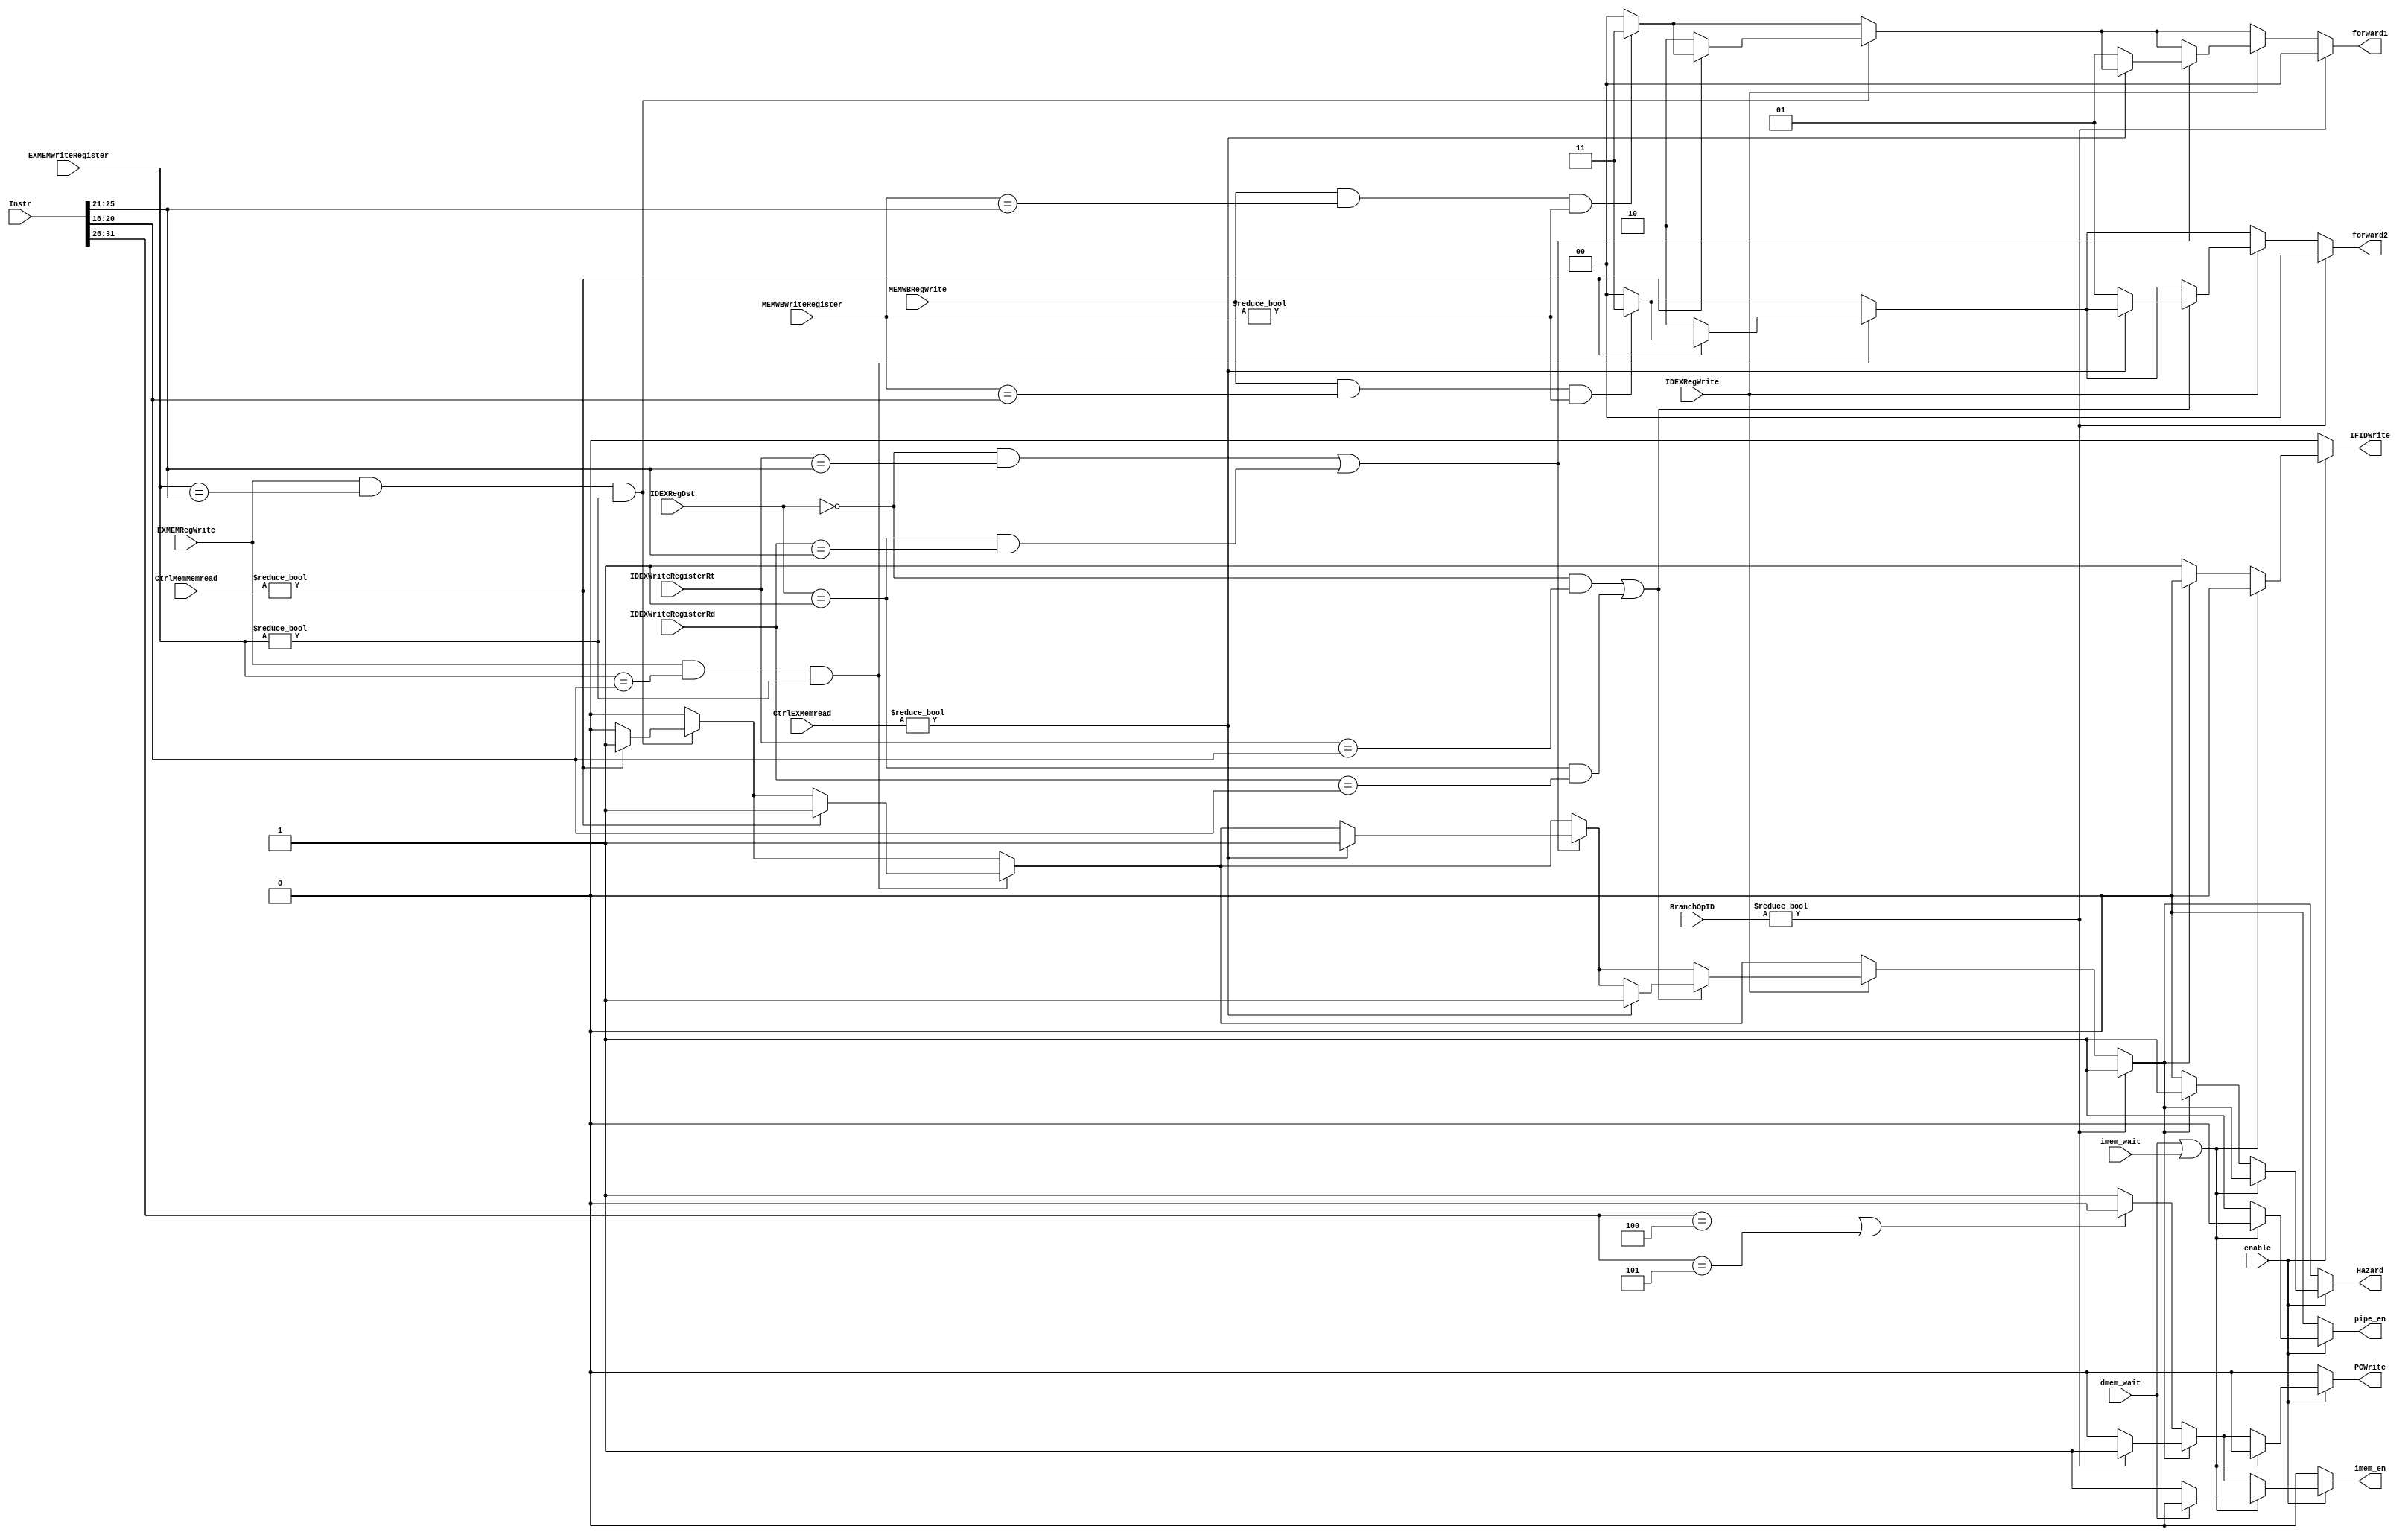
////////////////////////////////////////////////
// HAZARD.V
//
// TU/e Eindhoven University Of Technology
// Eindhoven, The Netherlands
// 
// Based on work by Sander Stuijk
// 
// Function:
//     Hazard detection unit
//
// Version:
//     (27-01-2014): initial version
//
//////////////////////////////////////////////!/

module HAZARD(
        enable,
        MEMWBRegWrite,
        EXMEMRegWrite,
        IDEXRegWrite,
        IDEXRegDst,
        IDEXWriteRegisterRt,
        IDEXWriteRegisterRd,
        EXMEMWriteRegister,
        MEMWBWriteRegister,
        Instr,
        BranchOpID,
//        BranchOpEX,
        dmem_wait,
        imem_wait,
        PCWrite,
        IFIDWrite,
        Hazard,
        pipe_en,
        imem_en,
		forward1,
		forward2,
		CtrlMemMemread,
		CtrlEXMemread
    );

    input   [0:0]   enable;
    input   [0:0]   MEMWBRegWrite;
    input   [0:0]   EXMEMRegWrite;
    input   [0:0]   IDEXRegWrite;
    input   [1:0]   IDEXRegDst;
    input   [4:0]   IDEXWriteRegisterRt;
    input   [4:0]   IDEXWriteRegisterRd;
    input   [4:0]   EXMEMWriteRegister;
    input   [4:0]   MEMWBWriteRegister;
    input   [31:0]  Instr;
    input   [1:0]   BranchOpID;
	 input	[1:0]	  CtrlMemMemread;
	 input	[1:0]	  CtrlEXMemread;
//    input   [1:0]   BranchOpEX;
    input   dmem_wait;
    input   imem_wait;
    output  [0:0]   PCWrite;
    reg     [0:0]   PCWrite;
    output  [0:0]   IFIDWrite;
    reg     [0:0]   IFIDWrite;
    output  [0:0]   Hazard;
    reg     [0:0]   Hazard;
    output  [0:0]   pipe_en;
    reg     [0:0]   pipe_en;
    output  [0:0]   imem_en;
    reg     [0:0]   imem_en;
    reg     [0:0]   hazard;
    reg     [4:0]   ifidreadregister1;
    reg     [4:0]   ifidreadregister2;
	output	[1:0]	forward1;
	reg		[1:0]	forward1;
	output 	[1:0]   forward2;
	reg		[1:0]   forward2;

    
    always @(MEMWBRegWrite or 
                EXMEMRegWrite or 
                IDEXRegWrite or 
                IDEXRegDst or 
                IDEXWriteRegisterRt or 
                IDEXWriteRegisterRd or 
                BranchOpID or 
//                BranchOpEX or 
                EXMEMWriteRegister or 
                MEMWBWriteRegister or 
                Instr or 
                enable or 
                dmem_wait or 
                imem_wait)
        
        begin
            //Read registers
            ifidreadregister1 = Instr[25:21];
            ifidreadregister2 = Instr[20:16];
            
            // Enable the pipeline and instruction memory
            imem_en = 1'b1;
            pipe_en = 1'b1;
				
				//default
            forward1 = 0;
				forward2 = 0;
				hazard = 0;
            // Check for hazards (for simplicity assume that register zero
            // can also cause a hazard)
            if (BranchOpID != 2'b00)
                // (Control) branch hazard
                // Don't fetch a new instruction, insert a 'nop'
                hazard = 1'b1;
            else 
//				if (IDEXRegWrite == 1'b1 && ( 
//                        IDEXRegDst == 2'b00 && IDEXWriteRegisterRt == ifidreadregister1 ||
//                        IDEXRegDst == 2'b01 && IDEXWriteRegisterRd == ifidreadregister1 ||
//                        IDEXRegDst == 2'b00 && IDEXWriteRegisterRt == ifidreadregister2 ||
//                        IDEXRegDst == 2'b01 && IDEXWriteRegisterRd == ifidreadregister2))
//                // EX hazard
//                hazard = 1'b1;
//            else 
				begin //forwarding
					//check for WB stage hazard
					if (MEMWBRegWrite == 1'b1 &&
							MEMWBWriteRegister == ifidreadregister1 &&
							MEMWBWriteRegister != 0)
					begin
						forward1 = 3;
					end
					
					if(MEMWBRegWrite == 1'b1 &&
							MEMWBWriteRegister == ifidreadregister2 &&
							MEMWBWriteRegister != 0)
					begin
						forward2 = 3;
					end
					
					//check for MEM stage hazard
					if (EXMEMRegWrite == 1'b1 &&
							EXMEMWriteRegister == ifidreadregister1 &&
							EXMEMWriteRegister != 0)
					begin
						if (CtrlMemMemread != 0)
						begin
							hazard = 1;
						end
						else
						begin
							forward1 = 2;
						end
					end
					if (EXMEMRegWrite == 1'b1 &&
							EXMEMWriteRegister == ifidreadregister2 &&
							EXMEMWriteRegister != 0)
					begin
						if (CtrlMemMemread != 0)
						begin
							hazard = 1;
						end
						else
						begin
							forward2 = 2;
						end
					end
					
					//check for EX stage hazard
					if (IDEXRegWrite == 1)
					begin
						if (IDEXRegDst == 2'b00 && IDEXWriteRegisterRt == ifidreadregister1 ||
                      IDEXRegDst == 2'b01 && IDEXWriteRegisterRd == ifidreadregister1)
							 begin
								if (CtrlEXMemread != 0)
								begin
									hazard = 1;
								end
								else
								begin
									forward1 = 1;
								end
							 end
							 
						if (IDEXRegDst == 2'b00 && IDEXWriteRegisterRt == ifidreadregister2 ||
                      IDEXRegDst == 2'b01 && IDEXWriteRegisterRd == ifidreadregister2)
							 begin
								if (CtrlEXMemread != 0)
								begin
									hazard = 1;
								end
								else
								begin
									forward2 = 1;
								end
							 end
					end
					
					//if (load & forward)
					//hazard
					//voor mem
					//load van de vertraagde ctrl memread
					//voor ex
					//load direct van memread
				end
			
            
            // Write output
            if (enable[1'b0] == 0)
            begin
                // block writing if not enabled
                PCWrite     = 1'b0;
                IFIDWrite   = 1'b0;
                Hazard      = hazard;
                imem_en     = 1'b0;
                pipe_en     = 1'b0;
            end
            else if (dmem_wait || imem_wait)
            begin
                PCWrite     = 1'b0;
                IFIDWrite   = 1'b0;
                Hazard      = hazard;
                pipe_en     = 1'b0;
                if (dmem_wait)
                    imem_en = 1'b0;
            end
            else if (hazard)
            begin
                // pre-fetch next instruction if it's branch hazard
                if (BranchOpID)
                begin
                    PCWrite = 1'b1;
                    imem_en = 1'b1;
                end
                else
                begin
                    PCWrite = 1'b0;
                    imem_en = 1'b0;
                end
                IFIDWrite   = 1'b0;
                Hazard      = 1'b1;
            end
            else
            begin
                // In case this instruction is a branch, fetch the next instruction,
                // but don't change the program counter. The next instruction will
                // namely not be decoded duuring the next cycle. (we will insert a 'nop')
                if (Instr[31:26] == 6'b000100 || Instr[31:26] == 6'b000101)
                begin
                    PCWrite = 1'b0;
                    imem_en = 1'b0;
                end
                else
                begin
                    PCWrite = 1'b1;
                    imem_en = 1'b1;
                end
                IFIDWrite   = 1'b1;
                Hazard      = 1'b0;
            end
        end

endmodule